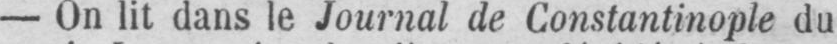
- On lit dans le Journal de Constantinople du